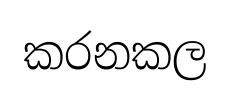
කරනකල